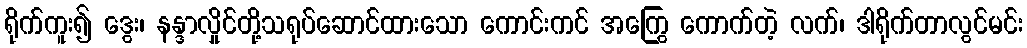
ရိုက်ကူး၍ ဒွေး၊ နန္ဒာလှိုင်တို့သရုပ်ဆောင်ထားသော ကောင်းကင် အကြွေ ကောက်တဲ့ လက်၊ ဒါရိုက်တာလွင်မင်း